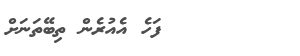
١٧٧       ފަހެ އެއުރެން ތިބޭތަނަށް